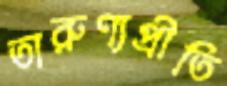
তারুণ্যপ্রীতি